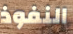
النفوذ